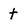
Character: t